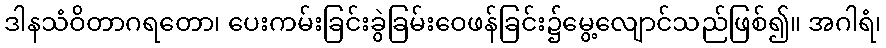
ဒါနသံဝိတာဂရတော၊ ပေးကမ်းခြင်းခွဲခြမ်းဝေဖန်ခြင်း၌မွေ့လျောင်သည်ဖြစ်၍။ အဂါရံ၊